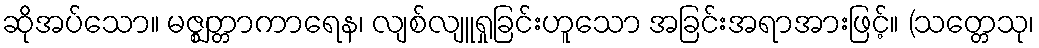
ဆိုအပ်သော။ မဇ္ဈတ္တာကာရေန၊ လျစ်လျူရှုခြင်းဟူသော အခြင်းအရာအားဖြင့်။ (သတ္တေသု၊